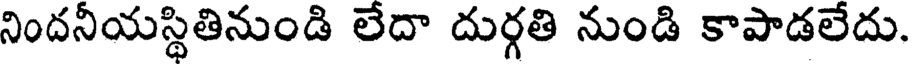
నిందనీయస్థితినుండి లేదా దుర్గతి నుండి కాపాడలేదు.